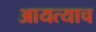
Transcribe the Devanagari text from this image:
आयत्याच